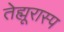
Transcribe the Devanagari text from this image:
तेह्मूरास्प